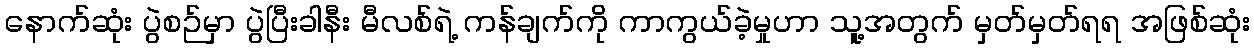
နောက်ဆုံး ပွဲစဉ်မှာ ပွဲပြီးခါနီး မီလစ်ရဲ့ ကန်ချက်ကို ကာကွယ်ခဲ့မှုဟာ သူ့အတွက် မှတ်မှတ်ရရ အဖြစ်ဆုံး